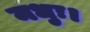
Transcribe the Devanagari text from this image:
मधुः।